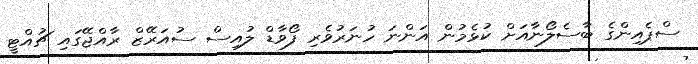
ސްޕެއިންގެ ބާސެލޯނާއަށް ކުޅެމުން އަންނަ ހުނަރުވެރި ފޯވާޑް ލުއިސް ސުއަރޭޒް ރާއްޖޭގައި ޗުއްޓީ